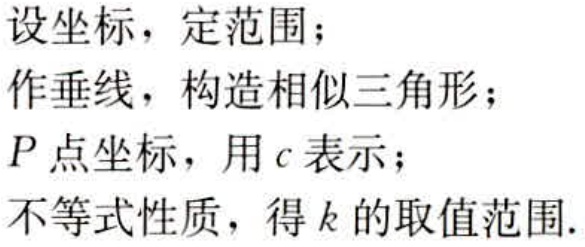
设坐标，定范围；
作垂线，构造相似三角形；
\(P\)点坐标，用\(c\)表示；
不等式性质，得\(k\)的取值范围.